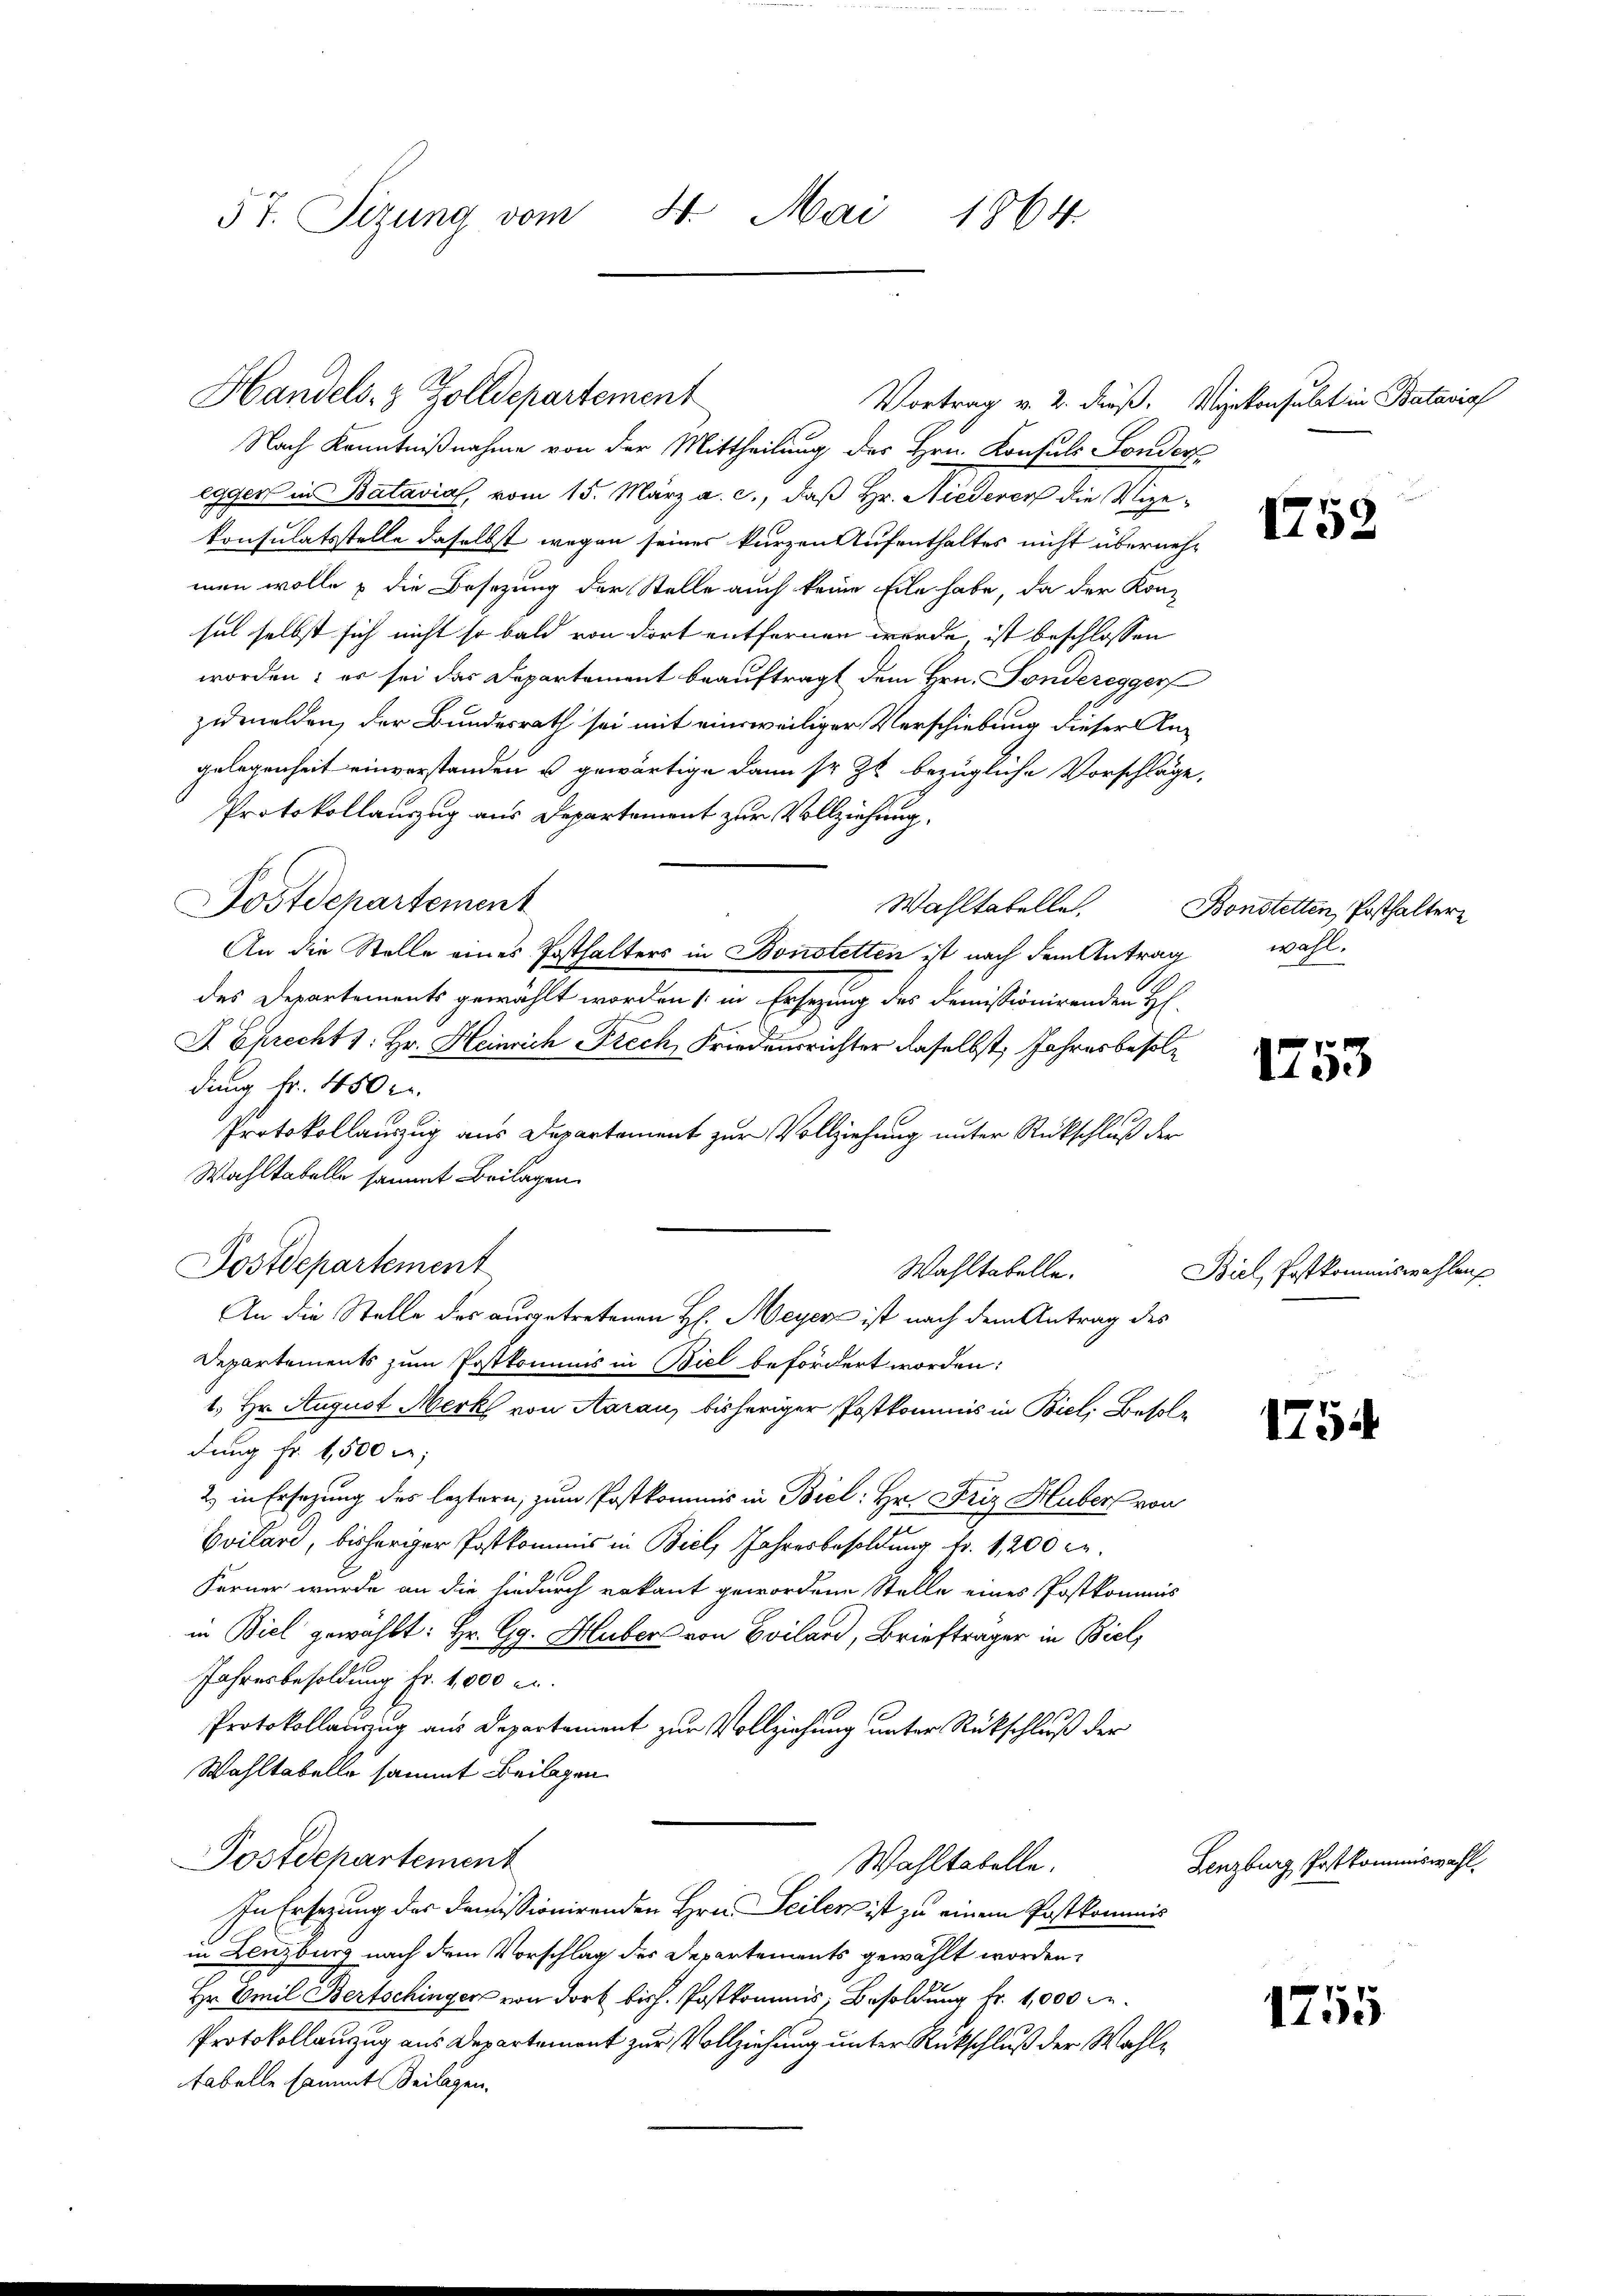
5t. Sizung vom 4. Mai 1864.

Nach Kenntnißnahme von der Mittheilung des Hrn. Konsuls Fonders
egger in Batavial, vom 15. März a. c., daß Hr. Niederer die Vigekonsulatsstelle daselbst wegen seines kurzen Aufenthaltes nicht übernehmen wolle u die Besetzung der Stelle auch keine Eile habe, da der Kon-
sel selbst sich nicht so bald von dort entfernen wurde ist beschlossen
worden; er sei das Departement beauftragt dem Hrn. Sonderegger
zumelden, der Bundesrath sei mit eineweiliger Verschiebung dieser Angelegenheit einverstanden u gewärtige dann so zu bezügliche Vorschläge.
Protokollauszug aus Departement zur Vollziehung.
Wahltabellet.
An die Stelle eines Posthalters in Bonstetten ist nach dem Antrag wohldes Departements gewählt worden (in Ersezung des demissionirenden H
J. Sprecht s. Hr. Heinrich Frech Friedensrichter daselbst, Jahresbesoldung fr. 450 l.
Protokollanzzug aus Departement zur Vollziehung unter Rückschluß der
Wahltabelle sammt Beilagen.
Postdepartement
Wahltabelle.
An die Stelle des ausgetretenen H. Meyer ist nach dem Antrag des
Departements zum Postkommnis in Biel befördert worden:
1. Hr. August Merk von Aarau, bisheriger Postkommis in Biel, Besoldung fr. 1500 f:
2) in Ersezung des leztern, zum Postkommis in Biel: Hr. Friz Huber von
Svilard, bisheriger Postkommis in Biel, Jahresbesoldung fr. 1,200 c.
Ferner wurde an die hiedurch rakant gewordene Stelle eines Postkommis
in Biel gewählt: Hr. Gg. Hubers von Svilard, Briefträger in Biel,
Jahresbesoldung fr. 1,000 c.
Protokollauszug aus Departement zur Vollziehung unter Rückschluß der
Wahltabelle sammt Beilagen
Postdepartement
Wahltabelle.
In Ersezung des Domissionirenden Hrn. Seiler ist zu einem Postkommis
in Lenzburg nach dem Vorschlag des Departements gewählt worden,
2
Hr. Emil Bertschinger von dort bish. Postkommnis, Besoldung fr. 1,000 Fr.
Protokollanzug aus Departement zur Vollziehung unter Rückschluß der Wahltabelle sammt Beilagen.

Handels- & Zolldepartement

ostdepartement

Vortrag v. 2. dieß. Winkonsulat in Batavia

1758

Bonstetten, Posthalter

1753

Biel, Postkommiswahlens

1754

1755

Lenzburg Postkommiswahl.